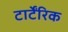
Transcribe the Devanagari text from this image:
टार्टेंरिक